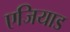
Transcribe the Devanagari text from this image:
एजियाड